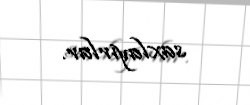
saxlayırlar.